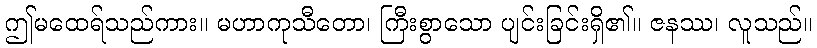
ဤမထေရ်သည်ကား။ မဟာကုသီတော၊ ကြီးစွာသော ပျင်းခြင်းရှိ၏။ ဇနဿ၊ လူသည်။